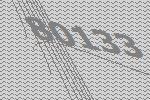
80133